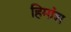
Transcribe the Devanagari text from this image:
हिमांश